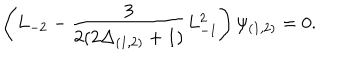
LaTeX: \left( L _ { - 2 } - \frac { 3 } { 2 ( 2 \Delta _ { ( 1 , 2 ) } + 1 ) } L _ { - 1 } ^ { 2 } \right) \psi _ { ( 1 , 2 ) } = 0 .